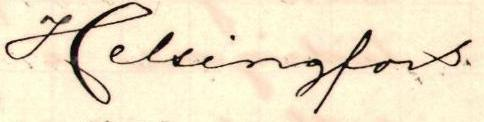
Helsingfors.